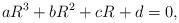
LaTeX: \begin{align*}aR^3+bR^2+cR+d=0,\end{align*}